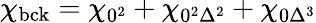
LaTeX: \chi_{\mathrm{bck}}=\chi_{0^{2}}+\chi_{0^{2}\Delta^{2}}+\chi_{0\Delta^{3}}